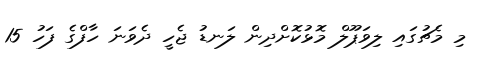
މި މެޗުގައި ލިވަޕޫލް މޮޅުކޮށްދިން ލަނޑު ޖެހީ ދެވަނަ ހާފްގެ ފަހު 15